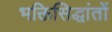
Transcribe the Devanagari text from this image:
भक्तिसिद्धांतों